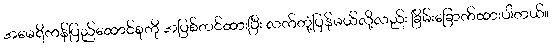
အမေရိကန်ပြည်ထောင်စုကို အပြစ်တင်ထားပြီး လက်တုံ့ပြန်မယ်လို့လည်း ခြိမ်းခြောက်ထားပါတယ်။